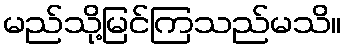
မည်သို့မြင်ကြသည်မသိ။